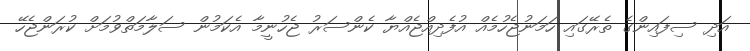
އަދި ސިފައިންގެ ތެރޭގައި ހަމަނުޖެހުމެއް އުފެދިއްޖެއްޔާ ކެންސަރު ޖެހުނީމާ އެކަމުން ސަލާމަތްވުމަށް ކުރަންޖެހޭ